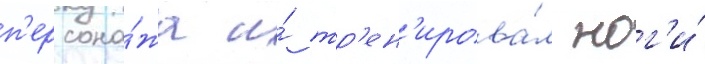
п'ерсона́жа и́ тр'ен'ирова́л ног'и́